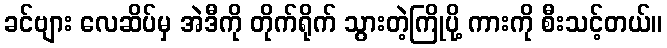
ခင်ဗျား လေဆိပ်မှ အဲဒီကို တိုက်ရိုက် သွားတဲ့ကြိုပို့ ကားကို စီးသင့်တယ်။